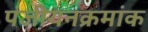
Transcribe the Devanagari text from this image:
पंजीयनक्रमांक